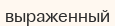
выраженный